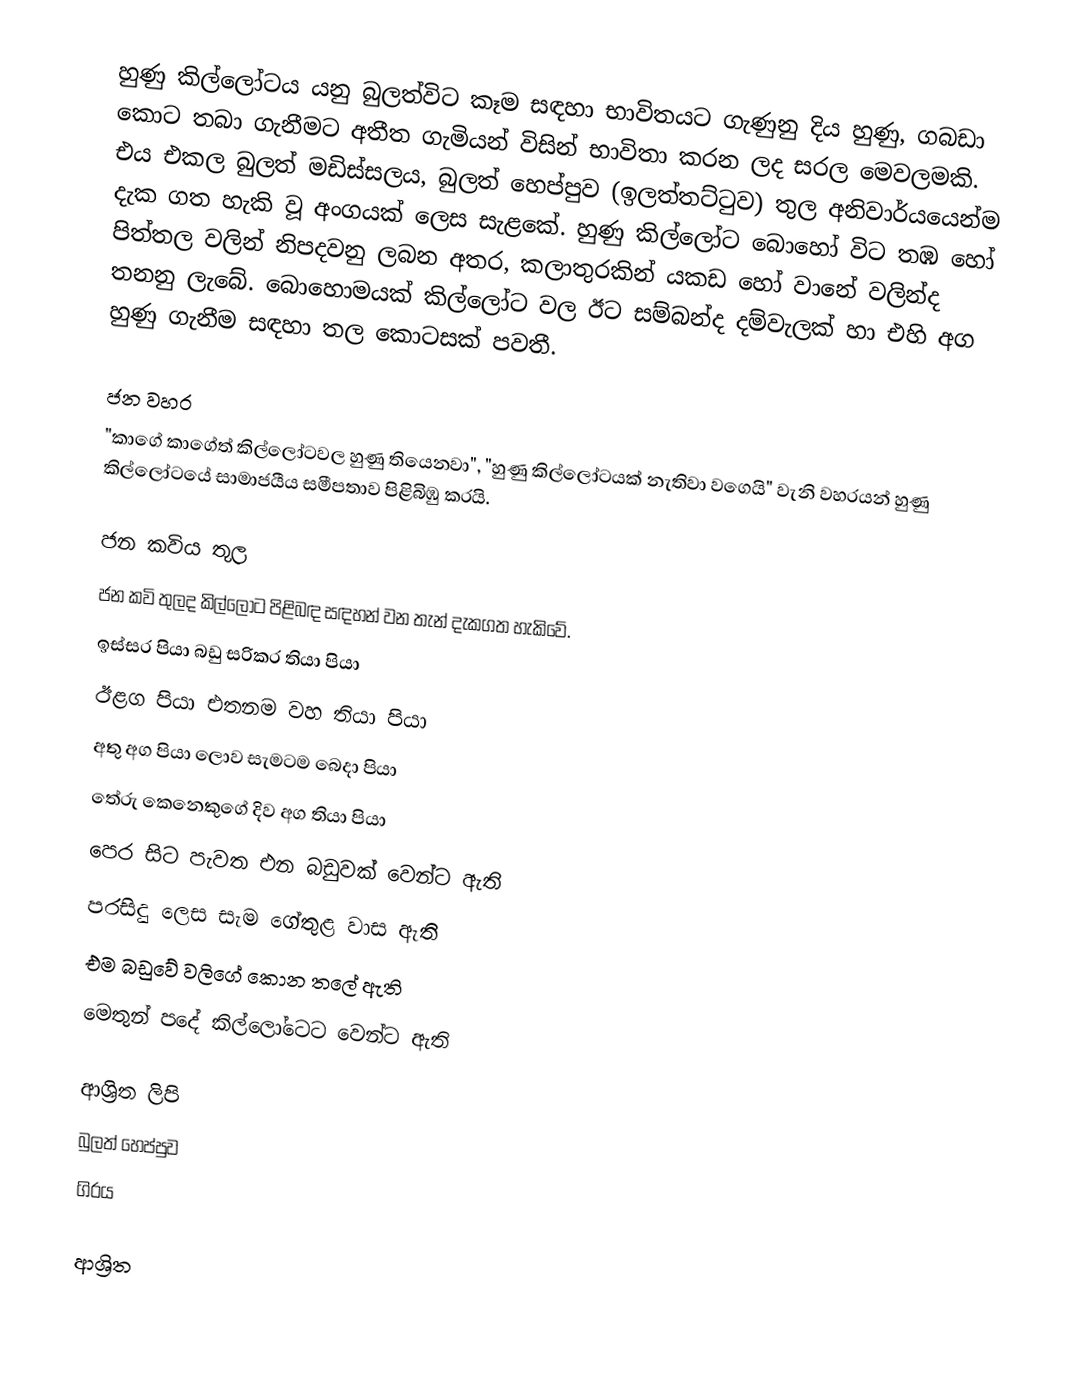
හුණු කිල්ලෝටය යනු බුලත්විට කෑම සඳහා භාවිතයට ගැණුනු දිය හුණු, ගබඩා කොට තබා ගැනීමට අතීත ගැමියන් විසින් භාවිතා කරන ලද සරල මෙවලමකි. එය එකල බුලත් මඩිස්‌සලය, බුලත් හෙප්පුව (ඉලත්තට්ටුව) තුල අනිවාර්යයෙන්ම දැක ගත හැකි වූ අංගයක් ලෙස සැළකේ. හුණු කිල්ලෝට බොහෝ විට තඹ හෝ පිත්තල වලින් නිපදවනු ලබන අතර, කලාතුරකින් යකඩ හෝ වානේ වලින්ද තනනු ලැබේ. බොහොමයක් කිල්ලෝට වල ඊට සම්බන්ද දම්වැලක් හා එහි අග හුණු ගැනීම සඳහා තල කොටසක් පවතී.

ජන වහර
"කාගේ කාගේත් කිල්ලෝටවල හුණු තියෙනවා", "හුණු කිල්ලෝටයක්‌ නැතිවා වගෙයි" වැනි වහරයන් හුණු කිල්ලෝටයේ සාමාජයීය සමීපතාව පිළිබිඹු කරයි.

ජන කවිය තුල
ජන කවි තුලද කිල්ලෝට පිළිබඳ සඳහන් වන තැන් දැකගත හැකිවේ.
ඉස්සර පියා බඩු සරිකර තියා පියා
ඊළග පියා එතනම වහ තියා පියා
අතු අග පියා ලොව සැමටම බෙදා පියා
තේරු කෙනෙකුගේ දිව අග තියා පියා
පෙර සිට පැවත එන බඩුවක් වෙන්ට ඇති
පරසිදු ලෙස සැම ගේතුළ වාස ඇති
එම බඩුවේ වලිගේ කොන තලේ ඇති
මෙතුන් පදේ කිල්ලෝටෙට වෙන්ට ඇති

ආශ්‍රිත ලිපි
 බුලත් හෙප්පුව
 ගිරය

ආශ්‍රිත